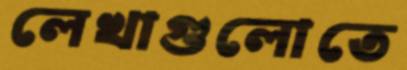
লেখাগুলোতে